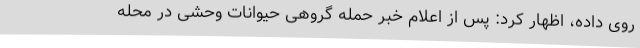
روی داده، اظهار کرد: پس از اعلام خبر حمله گروهی حیوانات وحشی در محله